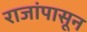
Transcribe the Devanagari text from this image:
राजांपासून